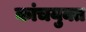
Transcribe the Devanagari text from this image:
कांचयुक्त